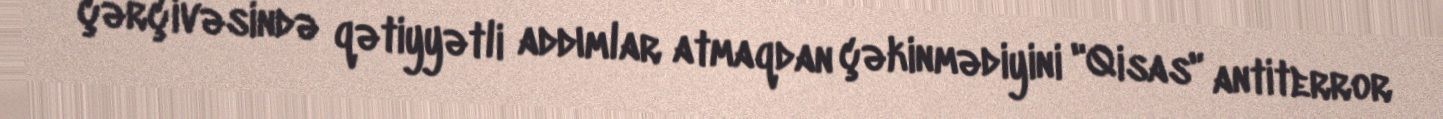
çərçivəsində qətiyyətli addımlar atmaqdan çəkinmədiyini "Qisas" antiterror